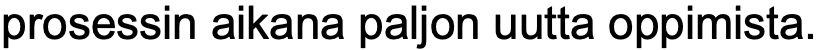
prosessin aikana paljon uutta oppimista.